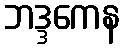
ဘဒ္ဒကေန